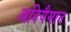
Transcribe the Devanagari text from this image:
अदियैमान